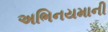
અભિનયમાની